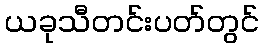
ယခုသီတင်းပတ်တွင်